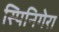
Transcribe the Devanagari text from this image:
स्पिनिगेरा